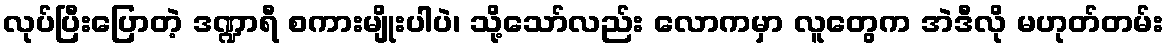
လုပ်ပြီးပြောတဲ့ ဒဏ္ဍာရီ စကားမျိုးပါပဲ၊ သို့သော်လည်း လောကမှာ လူတွေက အဲဒီလို မဟုတ်တမ်း